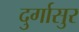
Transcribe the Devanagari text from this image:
दुर्गासुर